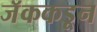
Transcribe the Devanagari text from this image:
जॅककडून